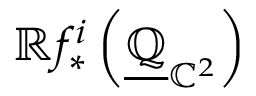
\mathbb { R } f _ { * } ^ { i } \left( { \underline { { \mathbb { Q } } } } _ { \mathbb { C } ^ { 2 } } \right)